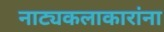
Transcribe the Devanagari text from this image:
नाट्यकलाकारांना